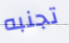
تجنبه